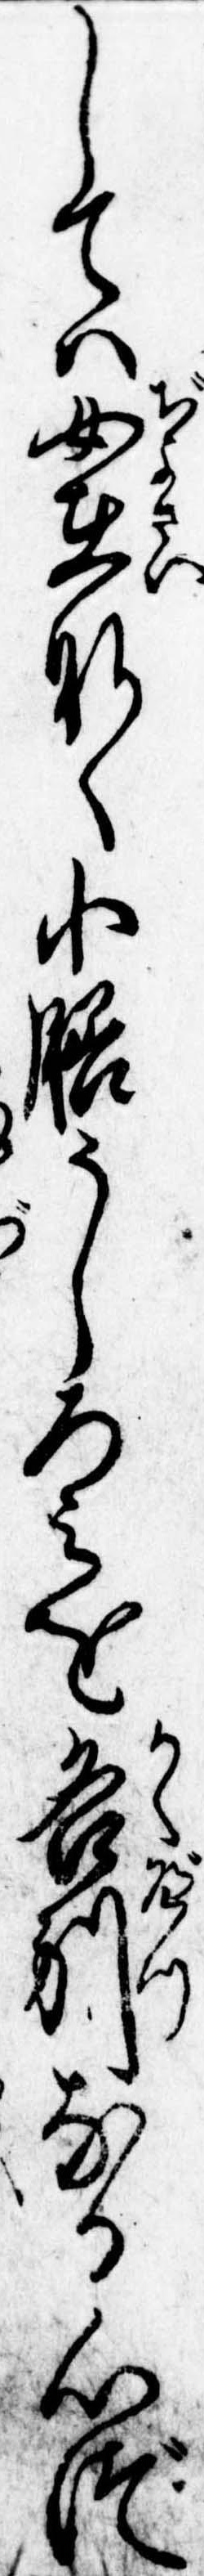
しては女在なく小膳うしろみを各別なる心づ